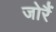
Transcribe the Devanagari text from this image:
जोरैं